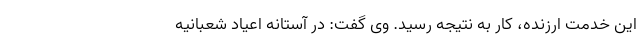
این خدمت ارزنده، کار به نتیجه رسید. وی گفت: در آستانه اعیاد شعبانیه